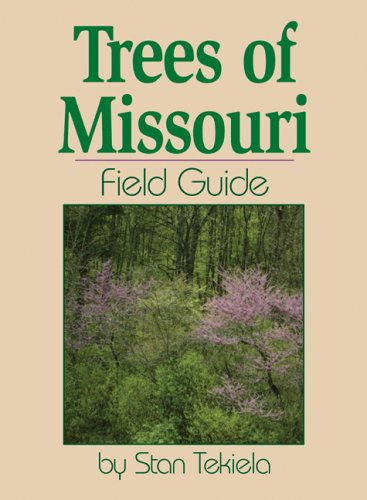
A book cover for Trees of Missouri Field Guide (Field Guides); Stan Tekiela; Travel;